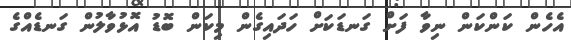
އެހެން ކަންކަން ނިވާ ފަށް ގަނޑަކަށް ހަދައިގެން މިކަން ބޮޑު އޮޅުވާލުން ގަނޑެއްގެ